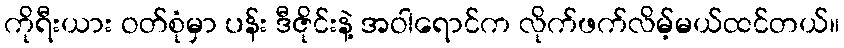
ကိုရီးယား ဝတ်စုံမှာ ပန်း ဒီဇိုင်းနဲ့ အဝါရောင်က လိုက်ဖက်လိမ့်မယ်ထင်တယ်။